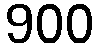
900